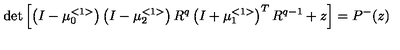
\det \left[ \left( I - \mu _ { 0 } ^ { < 1 > } \right) \left( I - \mu _ { 2 } ^ { < 1 > } \right) R ^ { q } \left( I + \mu _ { 1 } ^ { < 1 > } \right) ^ { T } R ^ { q - 1 } + z \right] = P ^ { - } ( z )